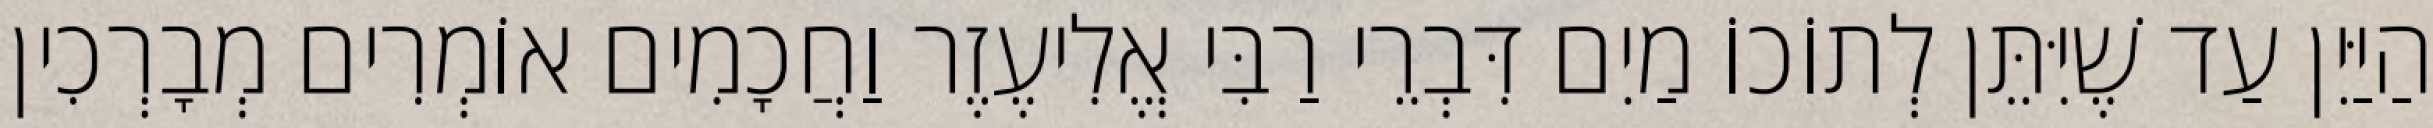
הַיַּיִן עַד שֶׁיִּתֵּן לְתוֹכוֹ מַיִם דִּבְרֵי רַבִּי אֱלִיעֶזֶר וַחֲכָמִים אוֹמְרִים מְבָרְכִין